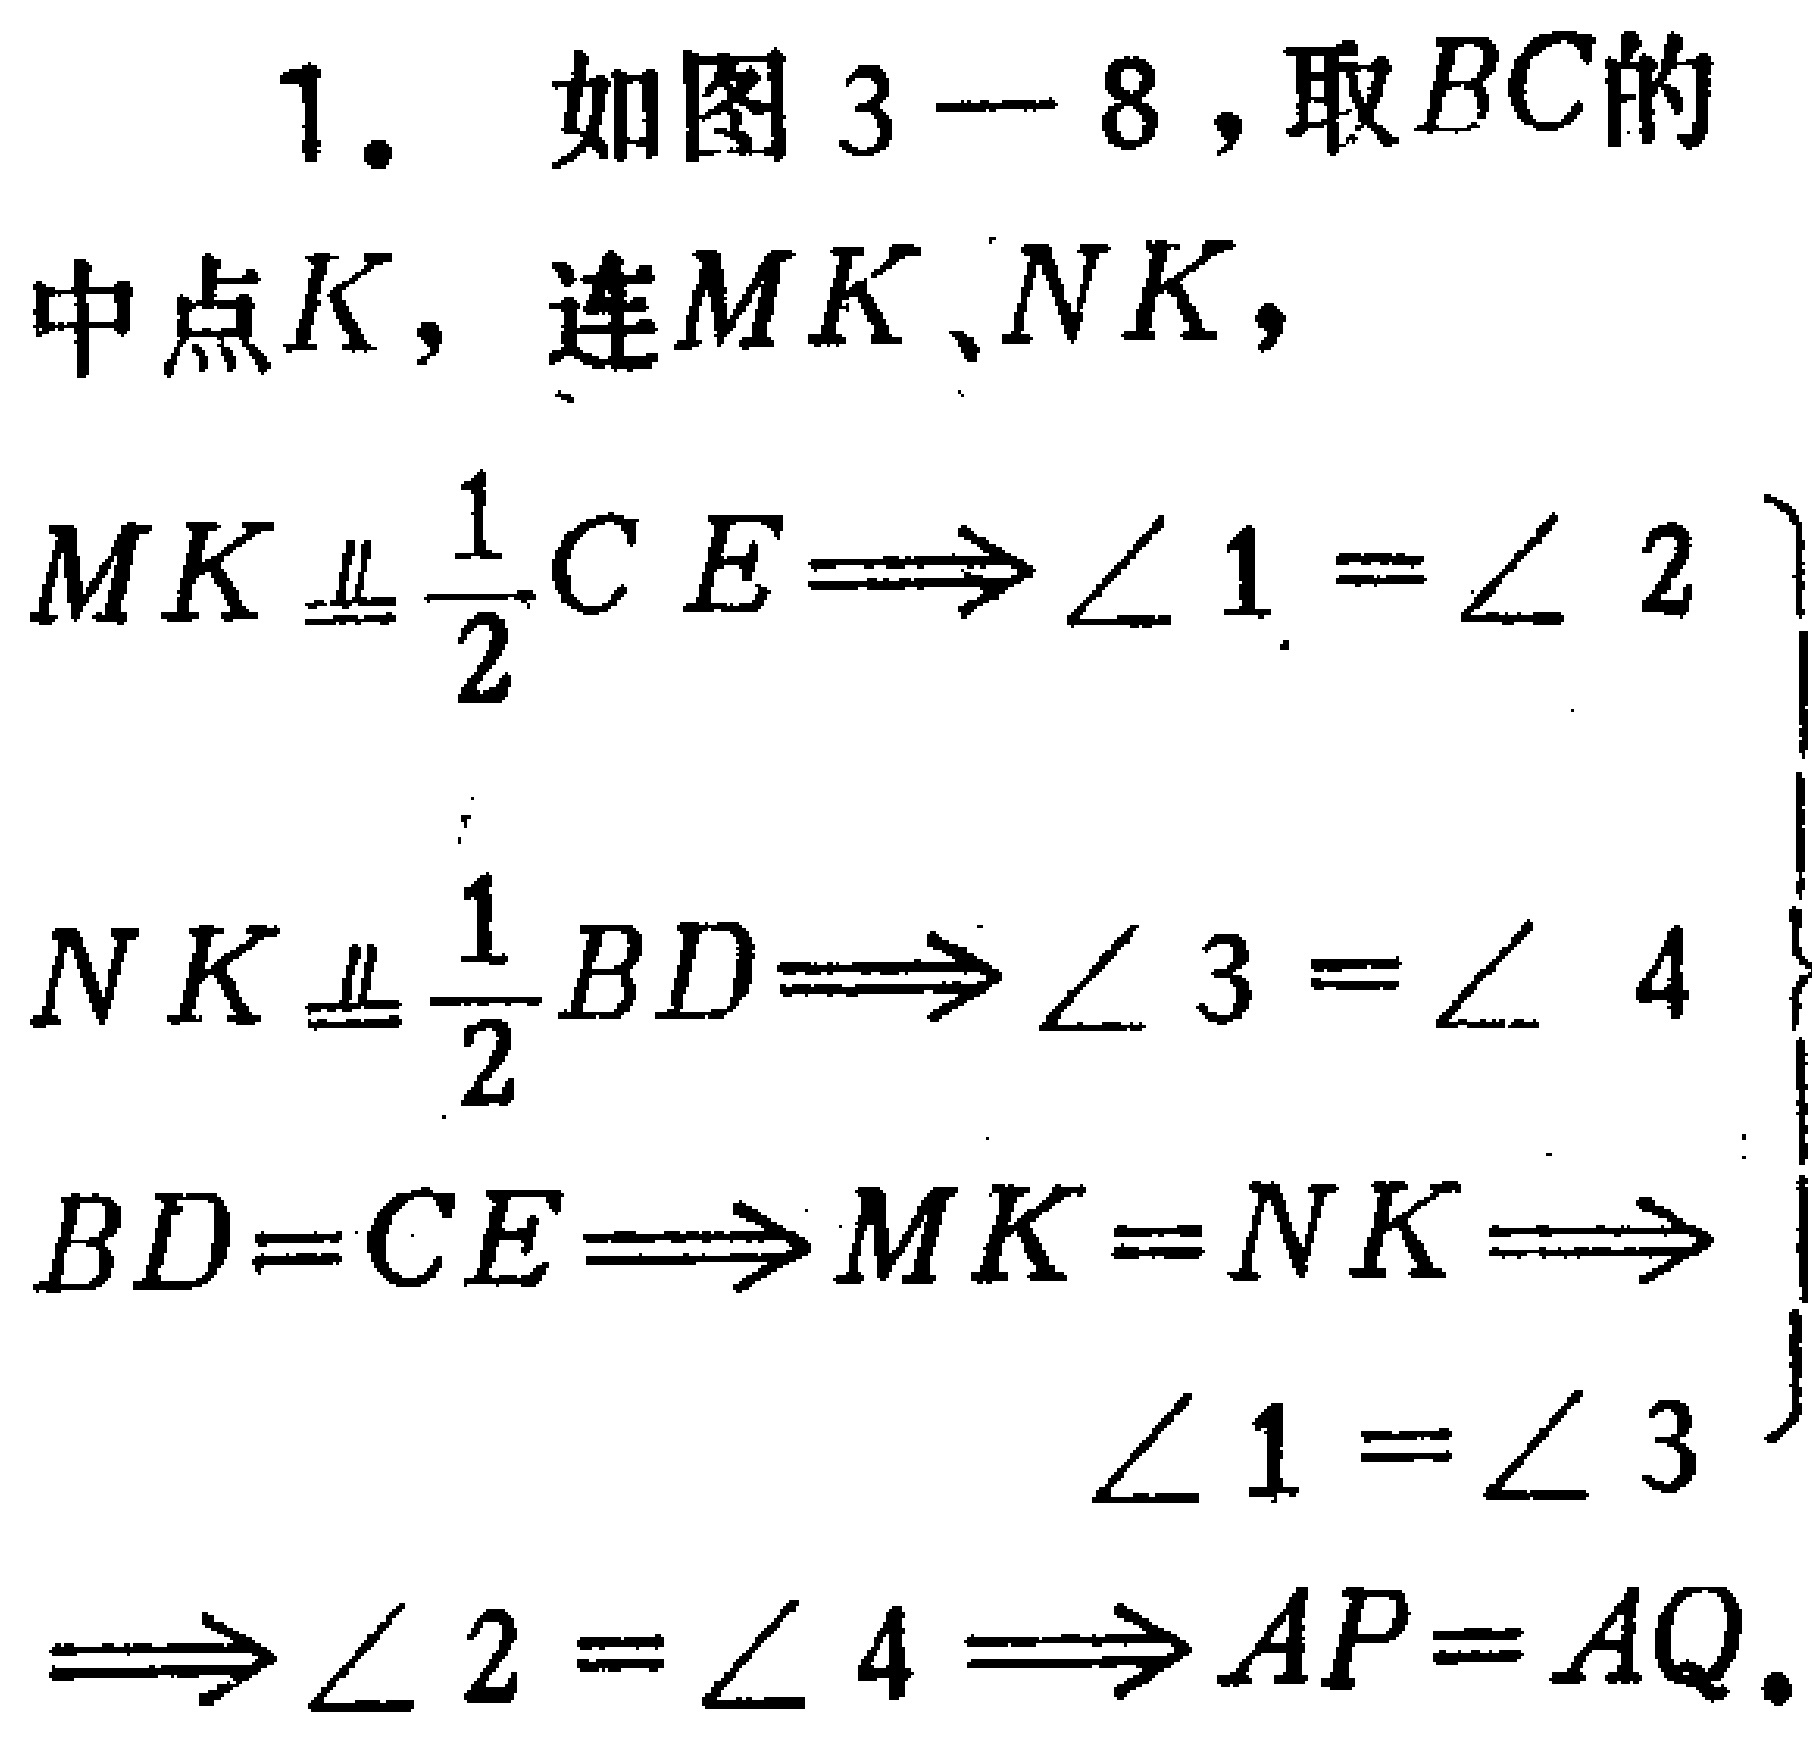
1. 如图3 - 8，取\(BC\)的中点\(K\)，连\(MK\)、\(NK\)，

\[

\begin{align*}

MK\equalparallel\frac{1}{2}CE&\Longrightarrow\angle 1 = \angle 2\\

NK\equalparallel\frac{1}{2}BD&\Longrightarrow\angle 3 = \angle 4\\

BD = CE&\Longrightarrow MK = NK\Longrightarrow\angle 1 = \angle 3\\

&\Longrightarrow\angle 2 = \angle 4\Longrightarrow AP = AQ.

\end{align*}

\]